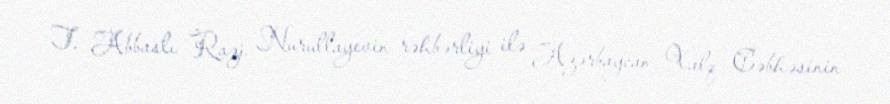
T. Abbaslı Razi Nurullayevin rəhbərliyi ilə Azərbaycan Xalq Cəbhəsinin